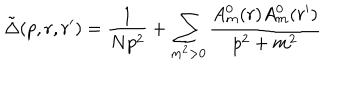
\tilde { \Delta } ( p , r , r ^ { \prime } ) = \frac { 1 } { N p ^ { 2 } } + \sum _ { m ^ { 2 } > 0 } \frac { A _ { m } ^ { 0 } ( r ) A _ { m } ^ { 0 } ( r ^ { \prime } ) } { p ^ { 2 } + m ^ { 2 } }